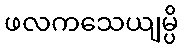
ဖလကသေယျမ္ပိ